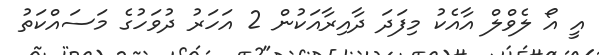
އީ އޯ ލެވްލް އާއެކު މިފަދަ ދާއިރާއަކުން 2 އަހަރު ދުވަހުގެ މަސައްކަތު